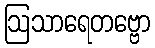
ဩသာရေတဗ္ဗော